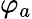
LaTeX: \varphi_{a}